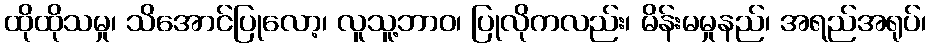
ထိုထိုသမှု၊ သိအောင်ပြုလော့၊ လူသူ့ဘာဝ၊ ပြုလိုကလည်း၊ မိန်းမမှုနည်၊ အရည်အရုပ်၊